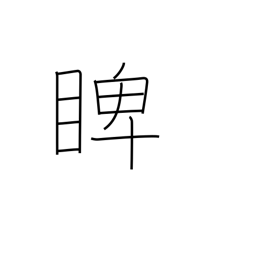
Meaning: glare at